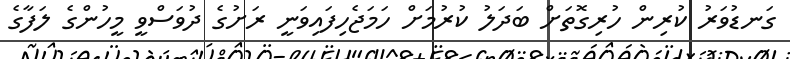
ގަނޑުވަރު ކުރިން ހުރިގޮތަށް ބަދަލު ކުރުމަށް ހަމަޖެހިފައިވަނީ ރަށުގެ ދުވަސްވީ މީހުންގެ ލަފާގެ